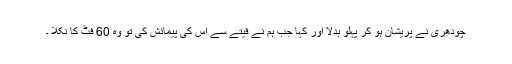
چودھری نے پریشان ہو کر پہلو بدلا اور کہا جب ہم نے فیتے سے اس کی پیمائش کی تو وہ 60 فٹ کا نکلا ۔